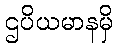
ဌပိယမာနမှိ